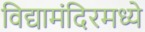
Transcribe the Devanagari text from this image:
विद्यामंदिरमध्ये